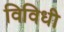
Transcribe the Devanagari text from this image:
विविधी